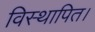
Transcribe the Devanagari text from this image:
विस्थापित।